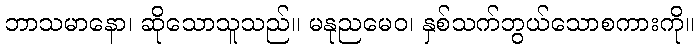
ဘာသမာနော၊ ဆိုသောသူသည်။ မနုညမေဝ၊ နှစ်သက်ဘွယ်သောစကားကို။